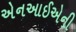
એનઆઈએની